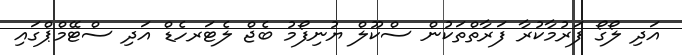
އަދި ލޯގޯ ފަރުމާކުރާ ފަރާތްތަކުން ސްކޫލް ޔުނިފޯމު ބެޖް ލެޓަރހެޑް އަދި ސްޓޭމްޕްގައި